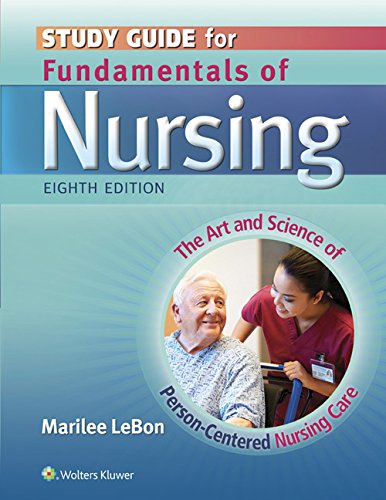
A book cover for Study Guide for Fundamentals of Nursing: The Art and Science of Person-Centered Nursing Care; Carol Taylor PhD  MSN  RN; Medical Books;